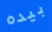
بيده